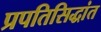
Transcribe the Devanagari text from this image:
प्रपतिसिद्धांत